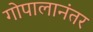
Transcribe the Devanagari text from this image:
गोपालानंतर